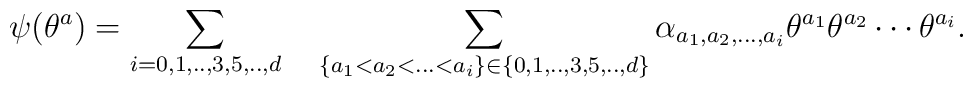
\psi (\theta^a) = \sum_{i=0,1,..,3,5,..,d} \quad \sum_{\{ a_1< a_2<...<a_i\}\in \{0,1,..,3,5,..,d\} } \alpha_{a_1, a_2,...,a_i}\theta^{a_1}  \theta^{a_2} \cdots \theta^{a_i}.